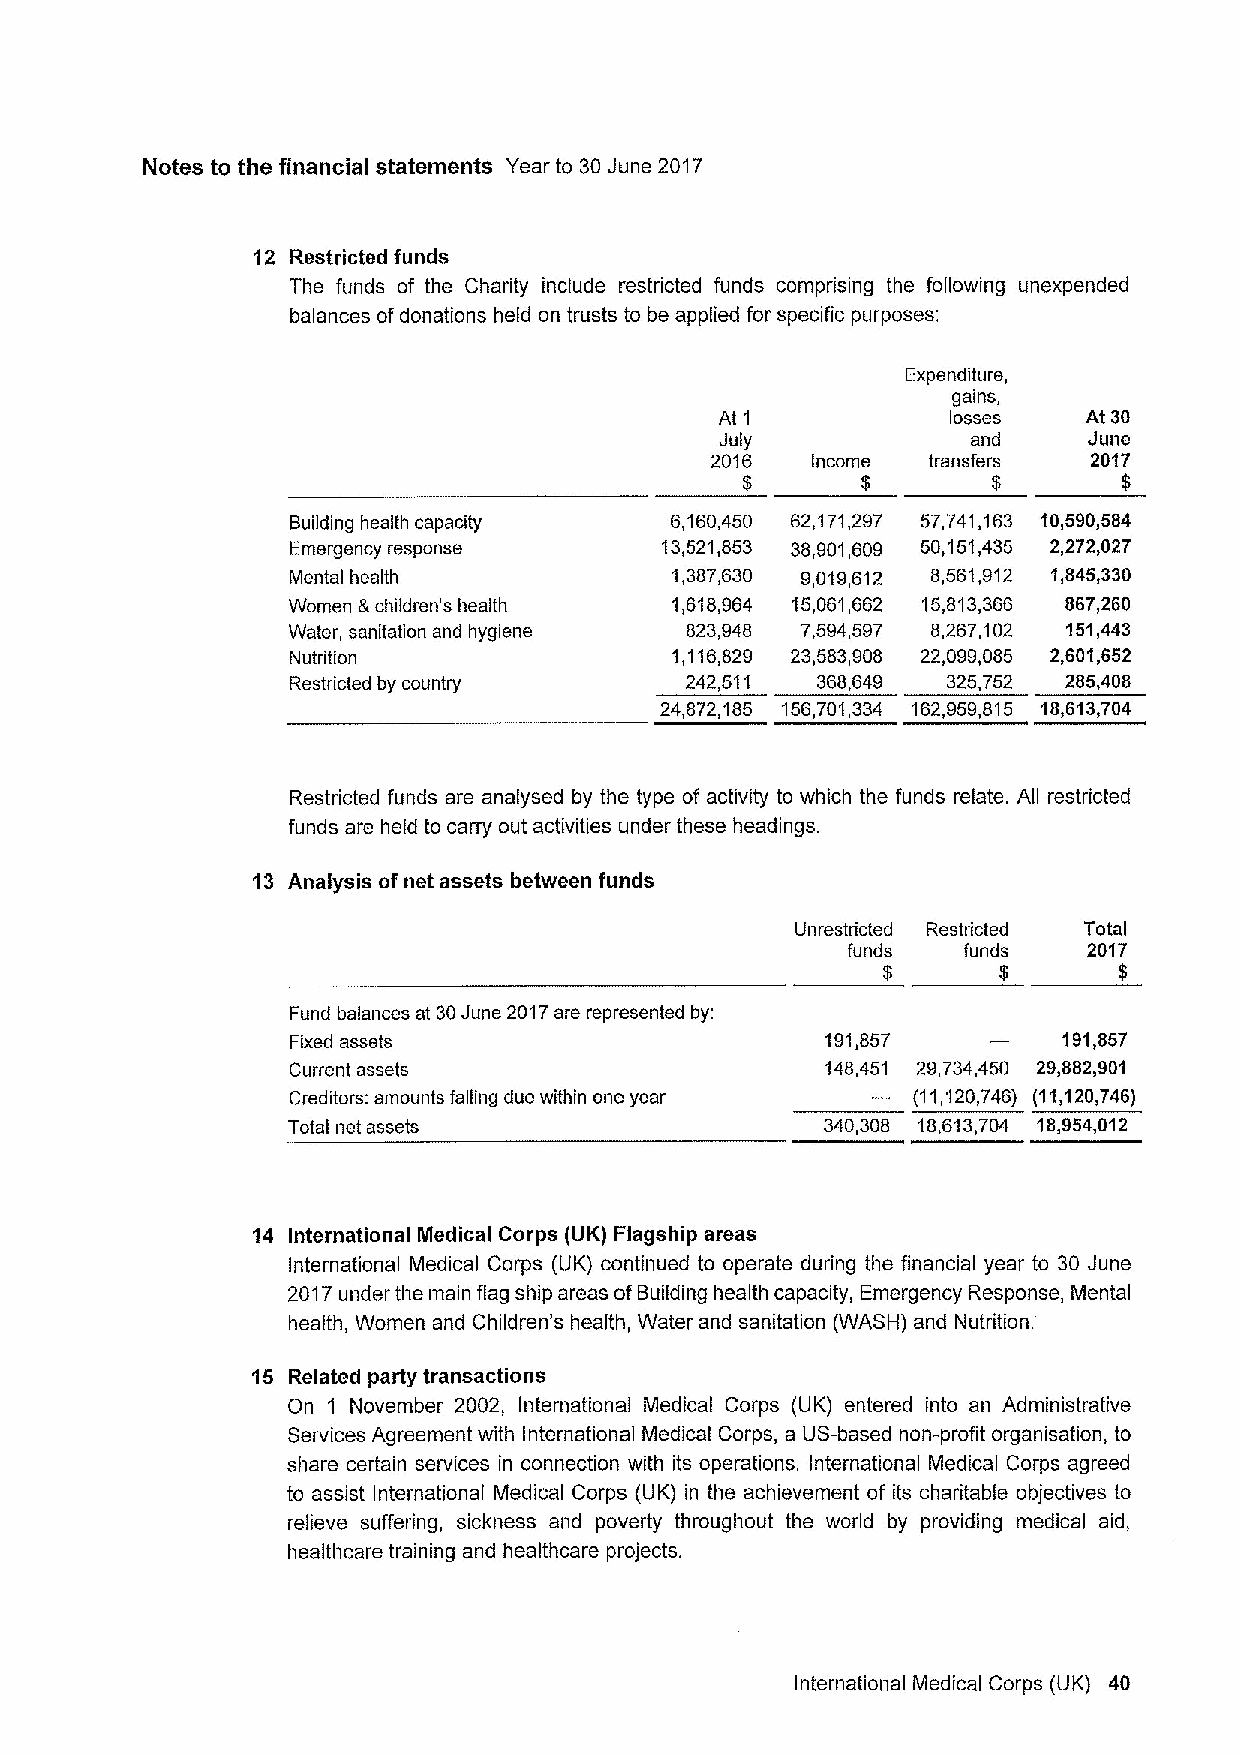
Notes to the financial statements Year to 30June 2017
 12 Restricted funds
 The funds of the Charity include restricted funds comprising the following unexpended
 balances ofdonations held on trusts to be applied for specific purposes:
 Expenditure,
 gains,
 At 1           losses   A130
 July            and     June
 2016   Income transfers  2017
 $                $       $
 Building health capacity 6,160,450 62,171,297 57,741,163 10,590,584
 Emergency response       13,521,853 38,901,609 50,151,435 2,272,027
 Mental health            1,387,630 9,019,612 8,561,912 1,845,330
 Women &children's health 1,618,964 15,061,662 15,813,366 867,260
 Water, sanitation and hygiene 823,948 7,594,597 8,267,102 151,443
 Nutrition                1,116,829 23,583,908 22,099,085 2,601,652
 Restricted by country     242,511  368,649  325,752 285,408
 24,872,185 156,701,334 162,959,815 18,613,704
 Restricted funds are analysed by the type of activity to which the funds relate. All restricted
 funds are held to carry out activities under these headings.
 13 Analysis of net assets between funds
 Unrestricted Restricted Total
 funds   funds   2017
 $       $       $
 Fund balances at 30June 2017are represented by:
 Fixed assets                        191,857        191,857
 Current assets                      148,451 29,734,450 29,882,901
 Creditors: amounts falling due within one year (11,120,746) (11,120,746)
 Total net assets                    340,308 18,613,704 18,954,012
 14 International Medical Corps (UK) Flagship areas
 International Medical Corps (UK) continued to operate during the financial year to 30 June
 2017under the main flag ship areas ofBuilding health capacity, Emergency Response, Mental
 health, Women and Children's health, Water and sanitation (WASH) and Nutrition.
 15 Related party transactions
 On 1 November 2002, International Medical Corps (UK) entered into an Administrative
 Services Agreement with International Medical Corps, a US-based non-profit organisation, to
 share certain services in connection with its operations. International Medical Corps agreed
 to assist International Medical Corps (UK) in the achievement of its charitable objectives to
 relieve suffering, sickness and poverty throughout the world by providing medical aid,
 healthcare training and healthcare projects.
 International Medical Corps (UK) 40